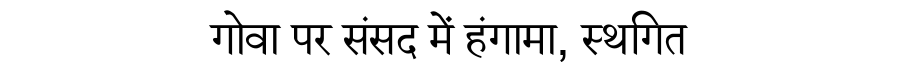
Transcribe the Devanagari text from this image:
गोवा पर संसद में हंगामा, स्थगित